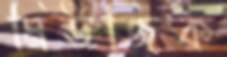
মিউজিক